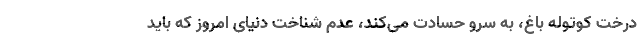
درخت کوتوله باغ، به سرو حسادت می‌کند، عدم شناخت دنیای امروز که باید